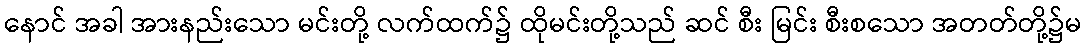
နောင် အခါ အားနည်းသော မင်းတို့ လက်ထက်၌ ထိုမင်းတို့သည် ဆင် စီး မြင်း စီးစသော အတတ်တို့၌မ